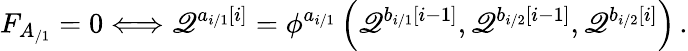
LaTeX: F_{A_{/1}}=0\Longleftrightarrow\mathscr{Q}^{a_{i/1}\left[i\right]}=\phi^{a_{i/1}}\left(\mathscr{Q}^{b_{i/1}\left[i-1\right]},\mathscr{Q}^{b_{i/2}\left[i-1\right]},\mathscr{Q}^{b_{i/2}\left[i\right]}\right)\, .